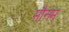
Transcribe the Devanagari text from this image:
मौनम्